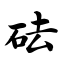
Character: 砝